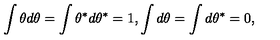
\int \theta d \theta = \int \theta ^ { \ast } d \theta ^ { \ast } = 1 , \int d \theta = \int d \theta ^ { \ast } = 0 ,